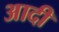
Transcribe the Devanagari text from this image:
अादी